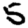
Digit: 5